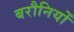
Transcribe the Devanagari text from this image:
बरौनियों